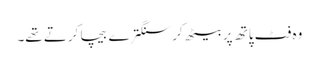
وہ فٹ پاتھ پر بیٹھ کر سنگترے بیچا کرتے تھے۔